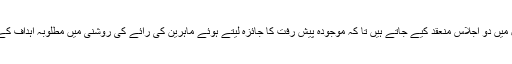
تکنیکی مشاورتی گروپ (TAG) کے سال میں دو اجلاس منعقد کیے جاتے ہیں تا کہ موجودہ پیش رفت کا جائزہ لیتے ہوئے ماہرین کی رائے کی روشنی میں مطلوبہ اہداف کے حصول کے عمل کو ممکن بنایا جاسکے۔